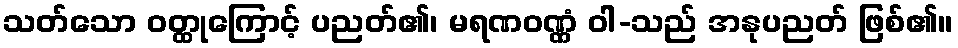
သတ်သော ဝတ္ထုကြောင့် ပညတ်၏၊ မရဏဝဏ္ဏံ ဝါ-သည် အနုပညတ် ဖြစ်၏။